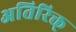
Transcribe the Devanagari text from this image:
अतिरिक्त्